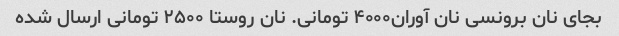
بجای نان برونسی نان آوران۴۰۰۰ تومانی. نان روستا ۲۵۰۰ تومانی ارسال شده